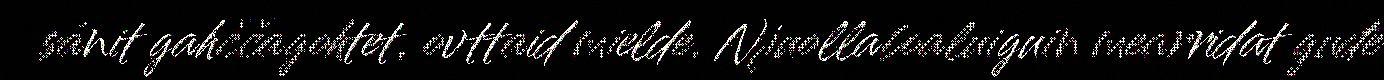
sánit gahččagohtet, ovttaid mielde. Njuollaboaluiguin mearridat guđe